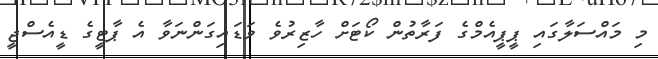
މި މައްސަލާގައި ޕީޕީއެމްގެ ފަރާތުން ކޯޓަށް ހާޒިރުވެ ވަޑައިގަންނަވާ އެ ޕާޓީގެ ޑީއެސްޖީ